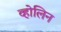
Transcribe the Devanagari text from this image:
व्होलिन